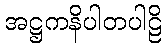
အဋ္ဌကနိပါတပါဠိ